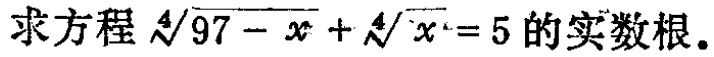
求方程$\sqrt[4]{97 - x}+\sqrt[4]{x}=5$的实数根。